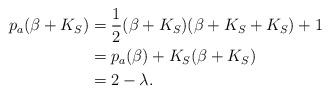
LaTeX: \begin{align*}p_a(\beta+K_S) &= \frac12 (\beta+K_S)(\beta+K_S+K_S)+1\\&= p_a(\beta) + K_S(\beta+K_S)\\&=2-\lambda.\end{align*}